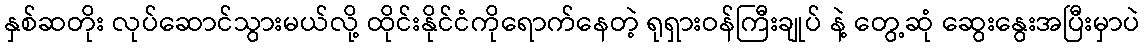
နှစ်ဆတိုး လုပ်ဆောင်သွားမယ်လို့ ထိုင်းနိုင်ငံကိုရောက်နေတဲ့ ရုရှားဝန်ကြီးချုပ် နဲ့ တွေ့ဆုံ ဆွေးနွေးအပြီးမှာပဲ